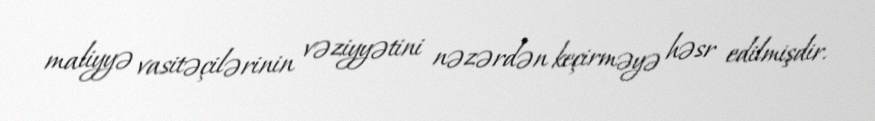
maliyyə vasitəçilərinin vəziyyətini nəzərdən keçirməyə həsr edilmişdir.